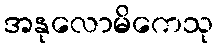
အနုလောမိကေသု